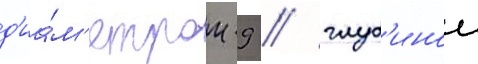
д'иа́м'етром 9 / глуб'инои